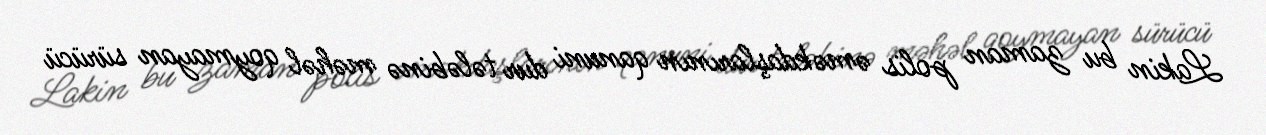
Lakin bu zaman polis əməkdaşlarının qanuni dur tələbinə məhəl qoymayan sürücü